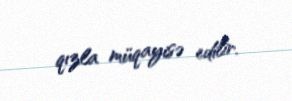
qızla müqayisə edilir.